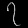
Digit: ၇